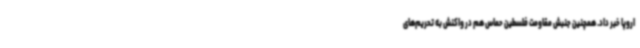
اروپا خبر داد. همچنین جنبش مقاومت فلسطین حماس هم در واکنش به تحریم‌های